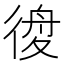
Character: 𢔃